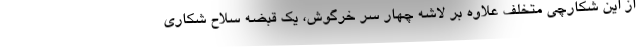
از این شکارچی متخلف علاوه بر لاشه چهار سر خرگوش، یک قبضه سلاح شکاری